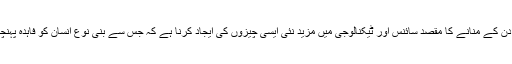
اس دن کے منانے کا مقصد سائنس اور ٹیکنالوجی میں مزید نئی ایسی چیزوں کی ایجاد کرنا ہے کہ جس سے بنی نوع انسان کو فاہدہ پہنچے ۔